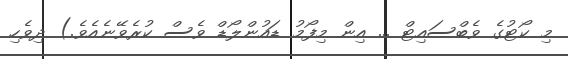
މި ކޯޓުގެ ވެބްސައިޓް ... އިން މިފޯމު ޑައުންލޯޑް ވެސް ކުރެވޭނެއެވެ.) ދިވެހި